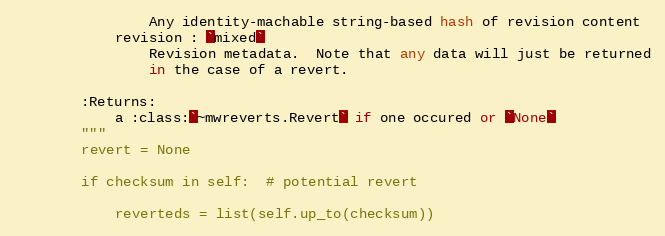
Language: Python
                Any identity-machable string-based hash of revision content
            revision : `mixed`
                Revision metadata.  Note that any data will just be returned
                in the case of a revert.

        :Returns:
            a :class:`~mwreverts.Revert` if one occured or `None`
        """
        revert = None

        if checksum in self:  # potential revert

            reverteds = list(self.up_to(checksum))